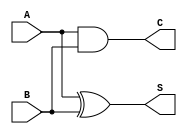
`timescale 1ns / 1ps
module half_adder(
    output  S,
    output  C,
    input   A,
    input   B
    );

    xor(S, A, B);
    and(C, A, B);
endmodule